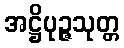
အဋ္ဌိပုဉ္ဇသုတ္တ